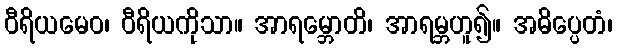
ဝီရိယမေဝ၊ ဝီရိယကိုသာ။ အာရမ္ဘောတိ၊ အာရမ္ဘဟူ၍။ အဓိပ္ပေတံ၊